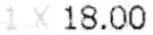
1X18.00